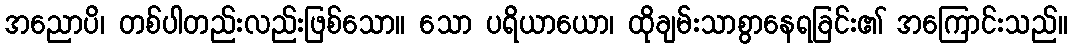
အညောပိ၊ တစ်ပါတည်းလည်းဖြစ်သော။ သော ပရိယာယော၊ ထိုချမ်းသာစွာနေရခြင်း၏ အကြောင်းသည်။